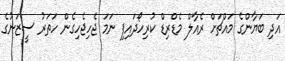
އަދި ބަޔާންގެ މައްޗަށް ރެއާލް މެޑްރިޑް ކުރިހޯދައިފި ނަމަ ޖެހިޖެހިގެން ހަތަރު ސީޒަނުގެ